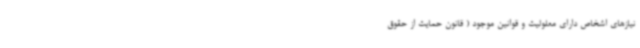
نیازهای اشخاص دارای معلولیت و قوانین موجود ( قانون حمایت از حقوق